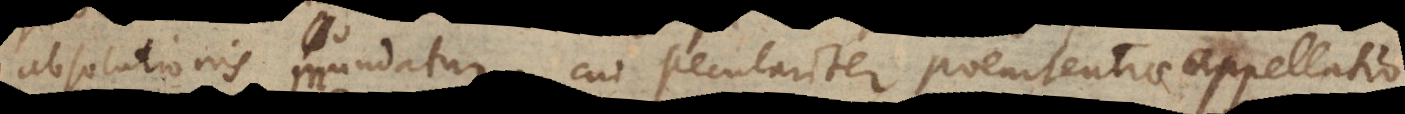
absolutionis mundatur, cui peculiariter poenitentiae appellatio